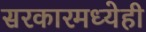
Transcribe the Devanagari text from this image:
सरकारमध्येही